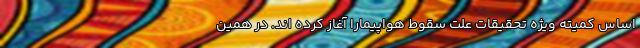
اساس کمیته ویژه تحقیقات علت سقوط هواپیمارا آغاز کرده اند. در همین